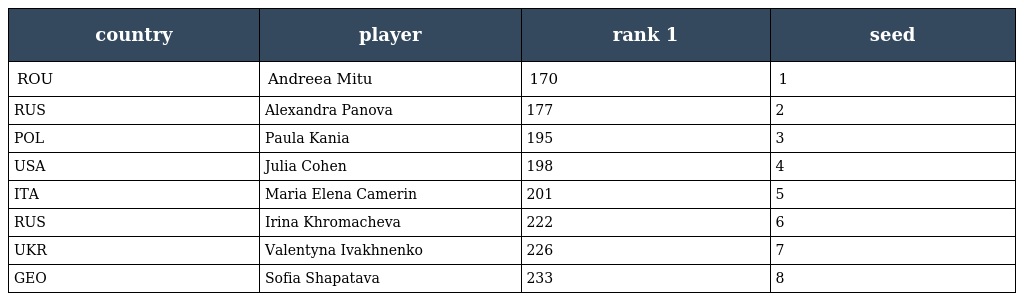
| country | player | rank 1 | seed |
 | --- | --- | --- | --- |
 | ROU | Andreea Mitu | 170 | 1 |
 | RUS | Alexandra Panova | 177 | 2 |
 | POL | Paula Kania | 195 | 3 |
 | USA | Julia Cohen | 198 | 4 |
 | ITA | Maria Elena Camerin | 201 | 5 |
 | RUS | Irina Khromacheva | 222 | 6 |
 | UKR | Valentyna Ivakhnenko | 226 | 7 |
 | GEO | Sofia Shapatava | 233 | 8 |